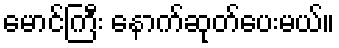
မောင်ကြီး နောက်ဆုတ်ပေးမယ်။